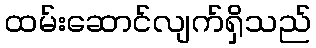
ထမ်းဆောင်လျက်ရှိသည်